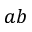
a b